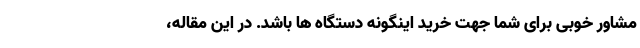
مشاور خوبی برای شما جهت خرید اینگونه دستگاه ها باشد. در این مقاله،